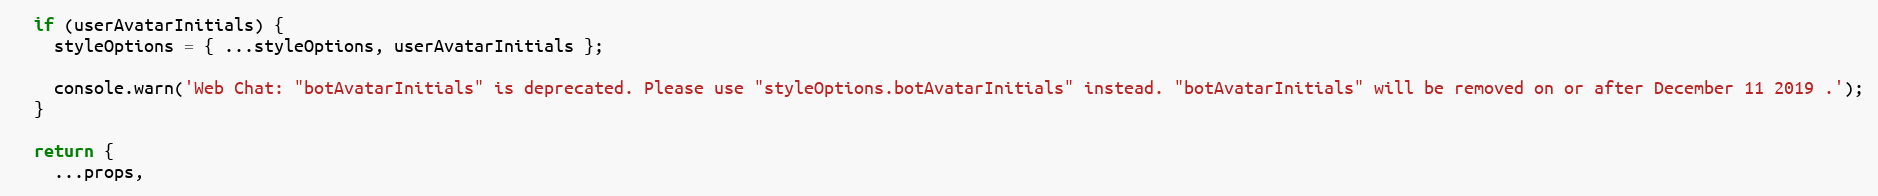
Language: JavaScript
  if (userAvatarInitials) {
    styleOptions = { ...styleOptions, userAvatarInitials };

    console.warn('Web Chat: "botAvatarInitials" is deprecated. Please use "styleOptions.botAvatarInitials" instead. "botAvatarInitials" will be removed on or after December 11 2019 .');
  }

  return {
    ...props,